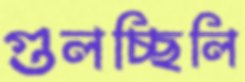
গুলচ্ছিলি